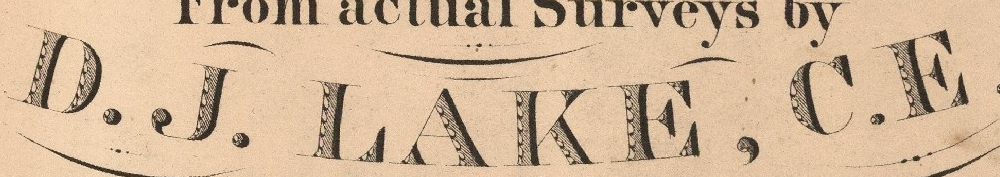
D.J. LAKE, C.E